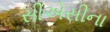
સીએસીના